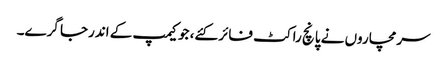
سرمچاروں نے پانچ راکٹ فائر کئے، جو کیمپ کے اندرجا گرے۔